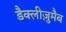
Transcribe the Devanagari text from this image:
डैक्लीज़ुमैब